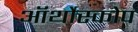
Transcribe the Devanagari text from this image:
ऑर्थोस्कोप